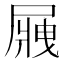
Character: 𡲿